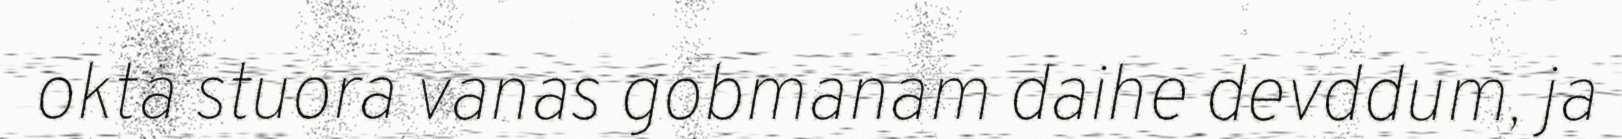
okta stuora vanas gobmanam daihe devddum, ja